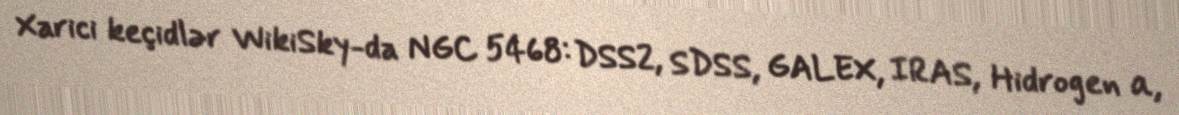
Xarici keçidlər WikiSky-da NGC 5468: DSS2, SDSS, GALEX, IRAS, Hidrogen α,